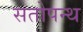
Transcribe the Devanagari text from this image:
सतोपन्थ